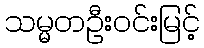
သမ္မတဦးဝင်းမြင့်